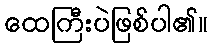
ထေကြီးပဲဖြစ်ပါ၏။